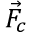
\vec { F } _ { c }